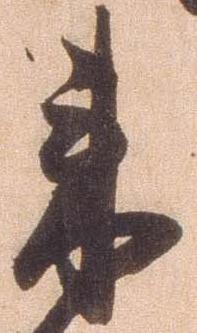
来